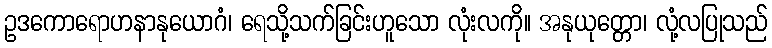
ဥဒကောရောဟနာနုယောဂံ၊ ရေသို့သက်ခြင်းဟူသော လုံးလကို။ အနုယုတ္တော၊ လုံ့လပြုသည်